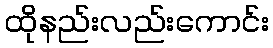
ထိုနည်းလည်းကောင်း